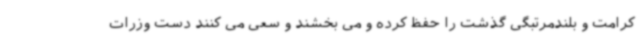
کرامت و بلندمرتبگی گذشت را حفظ کرده و می بخشند و سعی می کنند دست وزرات